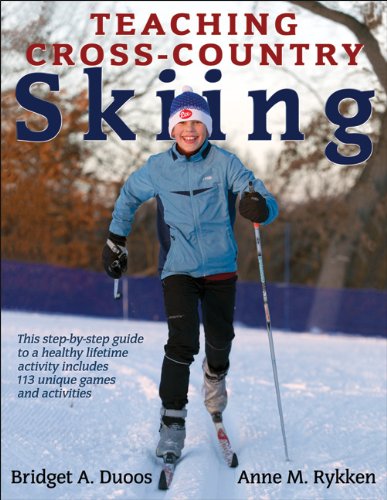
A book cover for Teaching Cross-Country Skiing; Bridget Duoos; Sports & Outdoors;